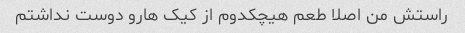
راستش من اصلا طعم هیچکدوم از کیک هارو دوست نداشتم